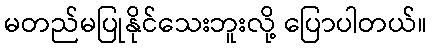
မတည်မပြုနိုင်သေးဘူးလို့ ပြောပါတယ်။